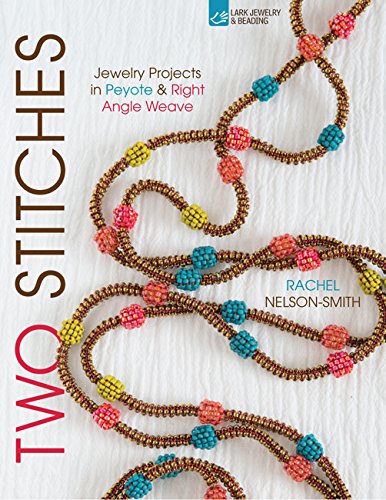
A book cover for Two Stitches: Jewelry Projects in Peyote & Right Angle Weave (Bead Inspirations); Rachel Nelson-Smith; Crafts, Hobbies & Home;